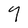
Character: 9